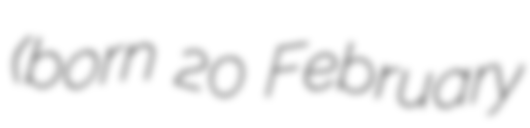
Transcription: (born 20 February